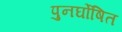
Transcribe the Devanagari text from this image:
पुनर्घोषित